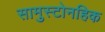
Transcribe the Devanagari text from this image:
सामुस्टोनहिक